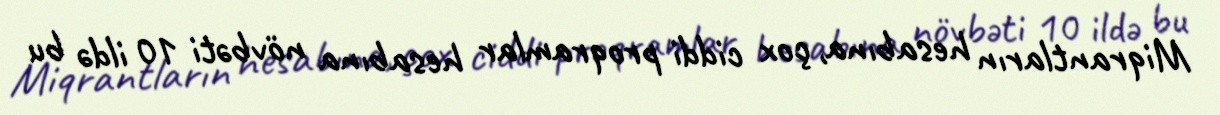
Miqrantların hesabına, çox ciddi proqramlar hesabına növbəti 10 ildə bu